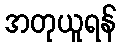
အတုယူရန်